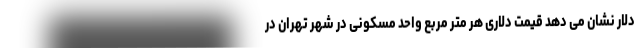
دلار نشان می دهد قیمت دلاری هر متر مربع واحد مسکونی در شهر تهران در